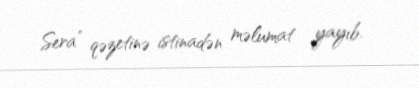
Sera” qəzetinə istinadən məlumat yayıb.